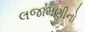
લજામણીનો